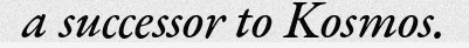
a successor to Kosmos.